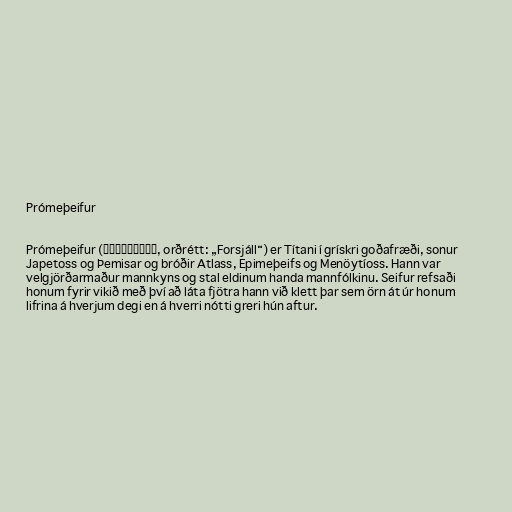
Prómeþeifur

Prómeþeifur (Προμηθεύς, orðrétt: „Forsjáll“) er Títani í grískri goðafræði, sonur
Japetoss og Þemisar og bróðir Atlass, Epimeþeifs og Menöytíoss. Hann var
velgjörðarmaður mannkyns og stal eldinum handa mannfólkinu. Seifur refsaði
honum fyrir vikið með því að láta fjötra hann við klett þar sem örn át úr honum
lifrina á hverjum degi en á hverri nótti greri hún aftur.